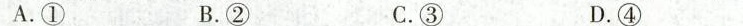
A.① B.② C.③ D.④